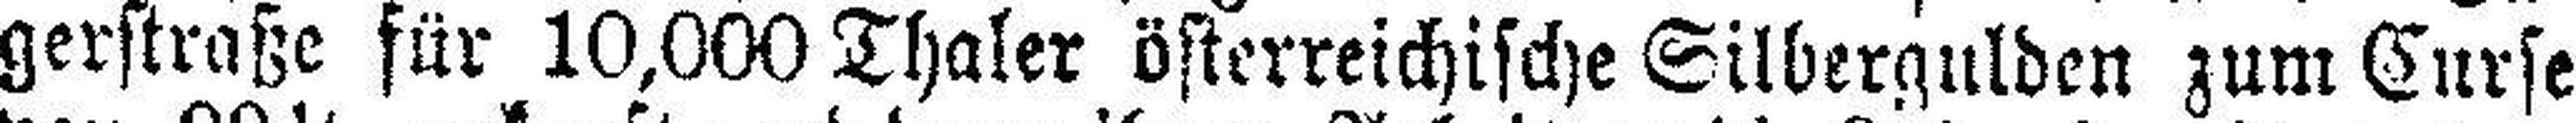
gerstraße für 10,000 Thaler österreichische Silbergulden zum Curse